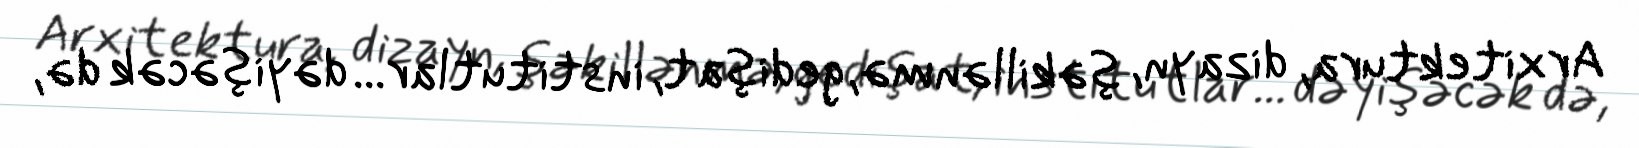
Arxitektura, dizayn, şəkillənmə, gedişat, institutlar... dəyişəcək də,